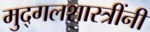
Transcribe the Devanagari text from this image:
मुद्गलशास्त्रींनी